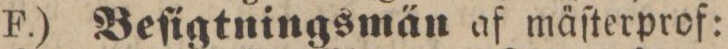
F.) Beſigtningsmän af mäſterprof: